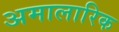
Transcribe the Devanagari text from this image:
अमालारिक